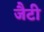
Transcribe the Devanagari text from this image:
जैटी